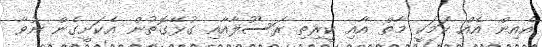
އެއިން އެއް ކަމަކީ މާތް އާއި ކީރިތި ރަސޫލާއާއި ގުޅޭގޮތުން އެކަށީގެން ނުވާ